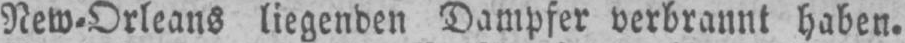
New⸗Orleans liegenden Dampfer verbrannt haben.